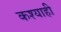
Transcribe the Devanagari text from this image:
कश्याही